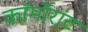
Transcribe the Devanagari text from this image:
कॉर्मोरांट